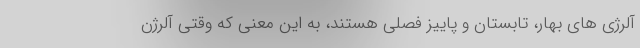
آلرژی های بهار، تابستان و پاییز فصلی هستند، به این معنی که وقتی آلرژن